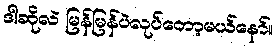
ဒါဆိုလဲ မြန်မြန်ပဲလုပ်တော့မယ်နော်။